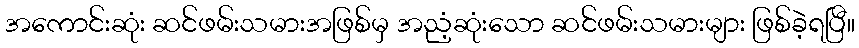
အကောင်းဆုံး ဆင်ဖမ်းသမားအဖြစ်မှ အညံ့ဆုံးသော ဆင်ဖမ်းသမားများ ဖြစ်ခဲ့ရပြီ။